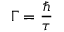
\Gamma = { \frac { \hbar } { \tau } }